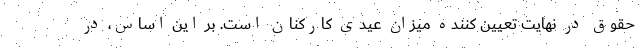
حقوق در نهایت تعیین کننده میزان عیدی کارکنان است. بر این اساس، در